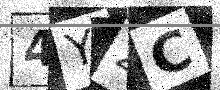
Text: 4Y2C